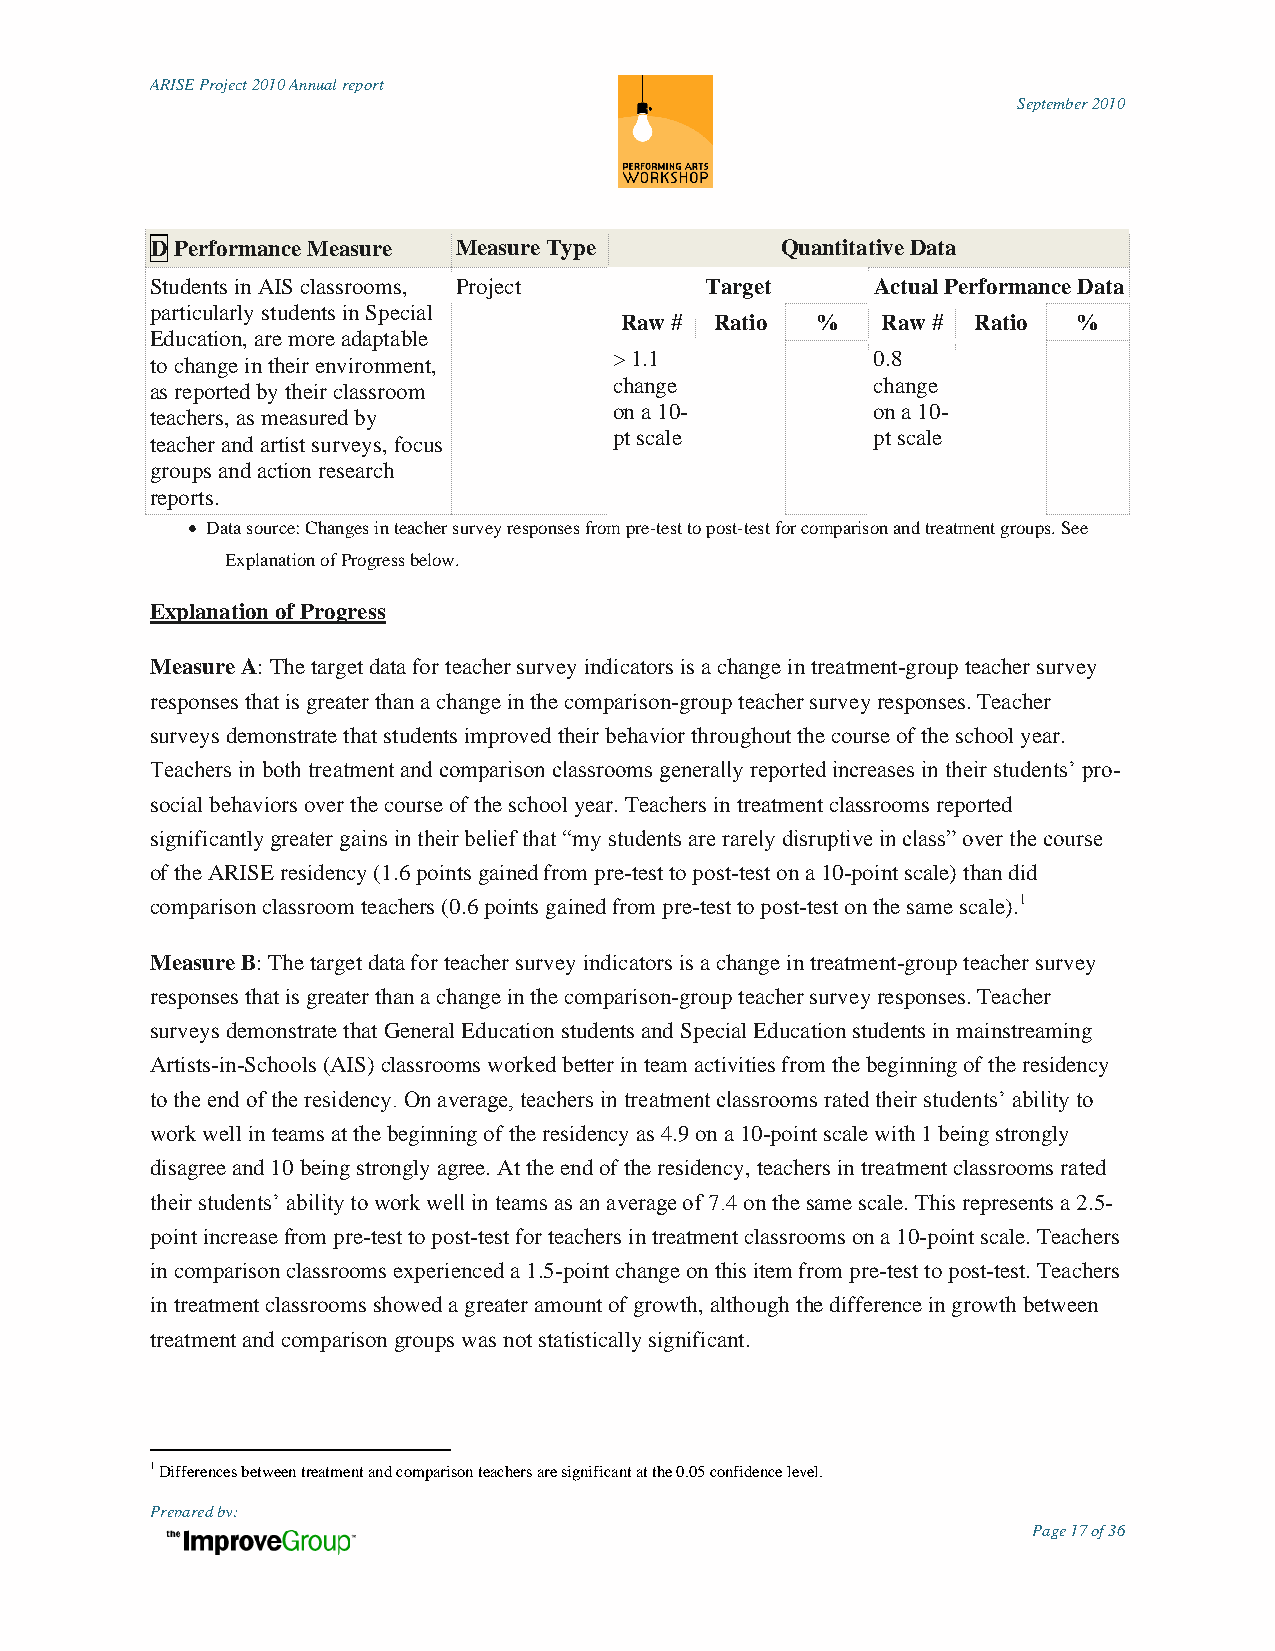
ARISE Project 2010 Annual report
 September 2010
 D Performance Measure Measure Type        Quantitative Data
 Students in AIS classrooms, Project  Target     Actual Performance Data
 particularly students in Special
 Raw # Ratio  %   Raw #  Ratio %
 Education, are more adaptable
 > 1.1            0.8
 to change in their environment,
 as reported by their classroom change           change
 on a 10-         on a 10-
 teachers, as measured by
 pt scale         pt scale
 teacher and artist surveys, focus
 groups and action research
 reports.
  Data source: Changes in teacher survey responses from pre-test to post-test for comparison and treatment groups. See
 Explanation of Progress below.
 Explanation of Progress
 Measure A: The target data for teacher survey indicators is a change in treatment-group teacher survey
 responses that is greater than a change in the comparison-group teacher survey responses. Teacher
 surveys demonstrate that students improved their behavior throughout the course of the school year.
 Teachers in both treatment and comparison classrooms generally reported increases in their students‟ pro-
 social behaviors over the course of the school year. Teachers in treatment classrooms reported
 significantly greater gains in their belief that “my students are rarely disruptive in class” over the course
 of the ARISE residency (1.6 points gained from pre-test to post-test on a 10-point scale) than did
 comparison classroom teachers (0.6 points gained from pre-test to post-test on the same scale).1
 Measure B: The target data for teacher survey indicators is a change in treatment-group teacher survey
 responses that is greater than a change in the comparison-group teacher survey responses. Teacher
 surveys demonstrate that General Education students and Special Education students in mainstreaming
 Artists-in-Schools (AIS) classrooms worked better in team activities from the beginning of the residency
 to the end of the residency. On average, teachers in treatment classrooms rated their students‟ ability to
 work well in teams at the beginning of the residency as 4.9 on a 10-point scale with 1 being strongly
 disagree and 10 being strongly agree. At the end of the residency, teachers in treatment classrooms rated
 their students‟ ability to work well in teams as an average of 7.4 on the same scale. This represents a 2.5-
 point increase from pre-test to post-test for teachers in treatment classrooms on a 10-point scale. Teachers
 in comparison classrooms experienced a 1.5-point change on this item from pre-test to post-test. Teachers
 in treatment classrooms showed a greater amount of growth, although the difference in growth between
 treatment and comparison groups was not statistically significant.
 1 Differences between treatment and comparison teachers are significant at the 0.05 confidence level.
 Prepared by:
 Page 17 of 36